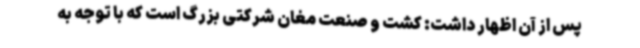
پس از آن اظهار داشت: کشت و صنعت مغان شرکتی بزرگ است که با توجه به